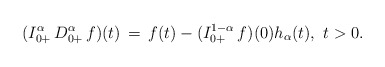
\begin{align*} (I_{0+}^\alpha\, D_{0+}^\alpha \, f)(t)\, =\, f(t) - (I_{0+}^{1-\alpha}\, f)(0)h_\alpha(t),\ t>0.\end{align*}